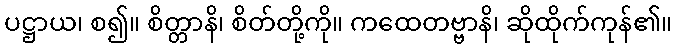
ပဋ္ဌာယ၊ စ၍။ စိတ္တာနိ၊ စိတ်တို့ကို။ ကထေတဗ္ဗာနိ၊ ဆိုထိုက်ကုန်၏။